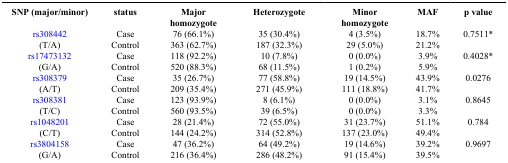
| SNP (major/minor) | status | Major homozygote | Heterozygote | Minor homozygote | MAF | p value |
 | --- | --- | --- | --- | --- | --- | --- |
 | rs308442 | Case | 76 (66.1%) | 35 (30.4%) | 4 (3.5%) | 18.7% | 0.7511* |
 | (T/A) | Control | 363 (62.7%) | 187 (32.3%) | 29 (5.0%) | 21.2% |  |
 | rs17473132 | Case | 118 (92.2%) | 10 (7.8%) | 0 (0.0%) | 3.9% | 0.4028* |
 | (G/A) | Control | 520 (88.3%) | 68 (11.5%) | 1 (0.2%) | 5.9% |  |
 | rs308379 | Case | 35 (26.7%) | 77 (58.8%) | 19 (14.5%) | 43.9% | 0.0276 |
 | (A/T) | Control | 209 (35.4%) | 271 (45.9%) | 111 (18.8%) | 41.7% |  |
 | rs308381 | Case | 123 (93.9%) | 8 (6.1%) | 0 (0.0%) | 3.1% | 0.8645 |
 | (T/C) | Control | 560 (93.5%) | 39 (6.5%) | 0 (0.0%) | 3.3% |  |
 | rs1048201 | Case | 28 (21.4%) | 72 (55.0%) | 31 (23.7%) | 51.1% | 0.784 |
 | (C/T) | Control | 144 (24.2%) | 314 (52.8%) | 137 (23.0%) | 49.4% |  |
 | rs3804158 | Case | 47 (36.2%) | 64 (49.2%) | 19 (14.6%) | 39.2% | 0.9697 |
 | (G/A) | Control | 216 (36.4%) | 286 (48.2%) | 91 (15.4%) | 39.5% |  |